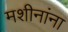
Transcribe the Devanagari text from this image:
मशीनांना